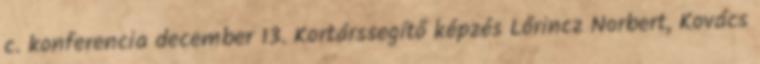
c. konferencia december 13. Kortárssegítő képzés Lőrincz Norbert, Kovács